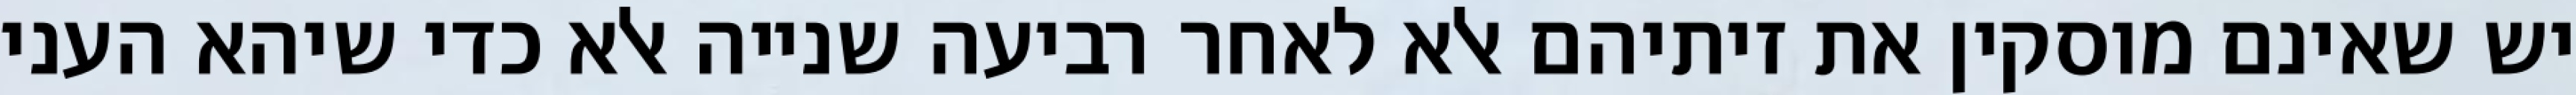
יש שאינם מוסקין את זיתיהם אלא לאחר רביעה שנייה אלא כדי שיהא העני